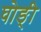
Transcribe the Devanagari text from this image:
घोङ्ी